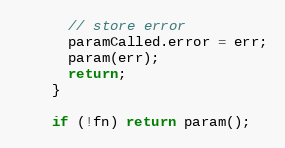
Language: JavaScript
      // store error
      paramCalled.error = err;
      param(err);
      return;
    }

    if (!fn) return param();